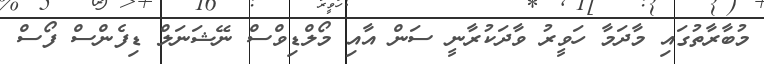
މުބާރާތުގައި މާދަމާ ހަވީރު ވާދަކުރާނީ ސަން އާއި މޯލްޑިވްސް ނޭޝަނަލް ޑިފެންސް ފޯސް